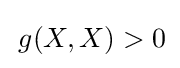
\,g(X,X)>0